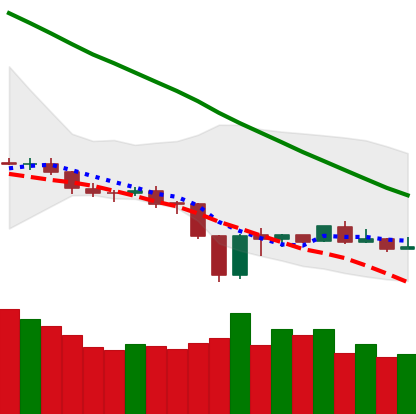
Ticker: BNB-USD
Chart end date: 2019-12-26
Forward return: 3.929%
Label: up_3_5